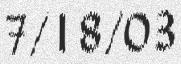
7/18/03